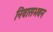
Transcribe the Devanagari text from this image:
निवासभवन